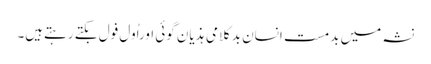
نشہ میں بدمست انسان بدکلامی ہذیان گوئی اوراُول فول بکتے رہتےہیں۔